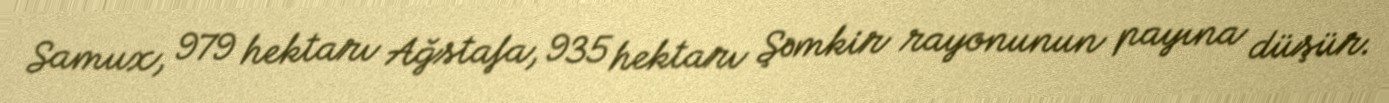
Samux, 979 hektarı Ağstafa, 935 hektarı Şəmkir rayonunun payına düşür.